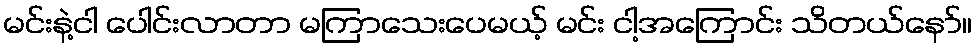
မင်းနဲ့ငါ ပေါင်းလာတာ မကြာသေးပေမယ့် မင်း ငါ့အကြောင်း သိတယ်နော်။